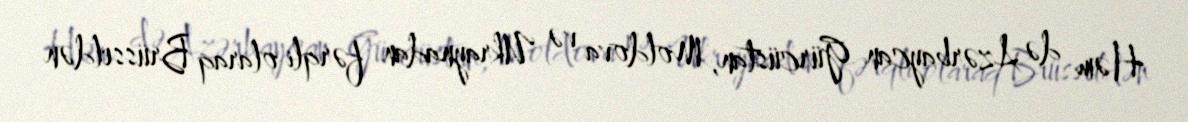
Həm də Azərbaycan Gürcüstan, Moldova və Ukraynadan fərqli olaraq Brüsseldən